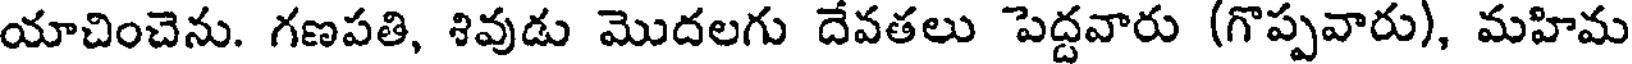
యాచించెను. గణపతి, శివుడు మొదలగు దేవతలు పెద్దవారు (గొప్పవారు), మహిమ